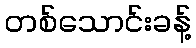
တစ်သောင်းခန့်